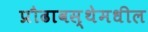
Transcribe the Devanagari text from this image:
प्रौढावस्थेमधील